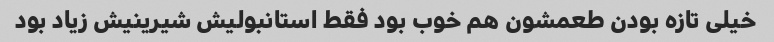
خیلی تازه بودن طعمشون هم خوب بود فقط استانبولیش شیرینیش زیاد بود